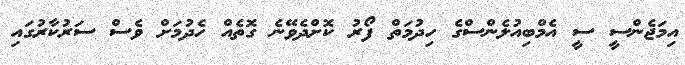
އިމަޖެންސީ ސީ އެމްބިއުލެންސްގެ ހިދުމަތް ފޯރު ކޮށްދެވޭނެ ގޮތެއް ހެދުމަށް ވެސް ސަރުކާރުގައި